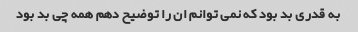
به قدری بد بود که نمی توانم ان را توضیح دهم همه چی بد بود